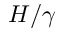
H / \gamma